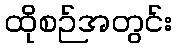
ထိုစဉ်အတွင်း